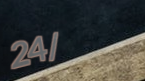
24/7